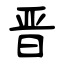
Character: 晋